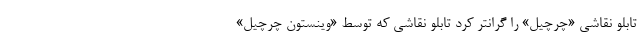
تابلو نقاشی «چرچیل» را گرانتر کرد تابلو نقاشی که توسط «وینستون چرچیل»